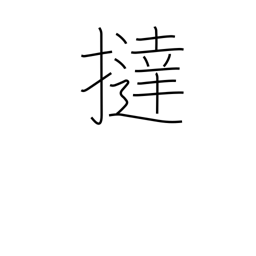
Meaning: flog